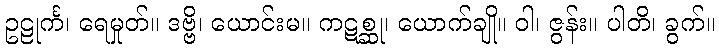
ဥဠုင်္က၊ ရေမှုတ်။ ဒဗ္ဗိ၊ ယောင်းမ။ ကဋစ္ဆု၊ ယောက်ချို။ ဝါ၊ ဇွန်း။ ပါတိ၊ ခွက်။